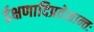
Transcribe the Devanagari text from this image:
ईक्षणादिप्रवेशान्तः